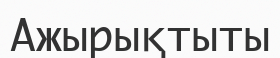
Ажырықтыты